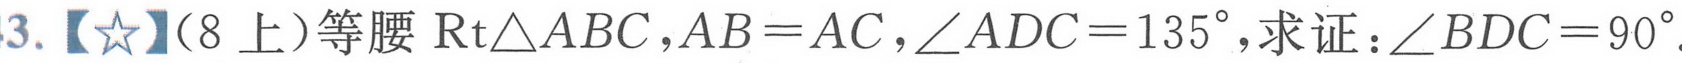
3.【★】(8上)等腰\(\text{Rt}\triangle ABC\)，\(AB = AC\)，\(\angle ADC = 135^{\circ}\)，求证：\(\angle BDC = 90^{\circ}\)